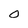
Character: 0